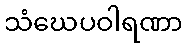
သံဃေပဝါရဏာ